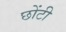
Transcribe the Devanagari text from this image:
छोंटी